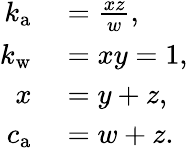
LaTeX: \begin{array}{rl}{k_{\mathrm{a}}}&{{}=\frac{xz}{w},}\\ {k_{\mathrm{w}}}&{{}=xy=1,}\\ {x}&{{}=y+z,}\\ {c_{\mathrm{a}}}&{{}=w+z.}\end{array}